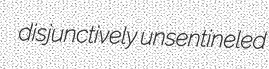
disjunctively unsentineled